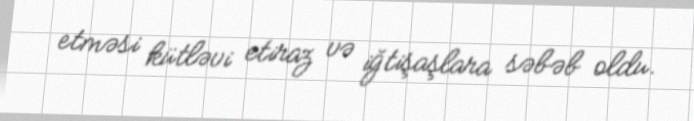
etməsi kütləvi etiraz və iğtişaşlara səbəb oldu.